Report on vaccination in Madras 1904-1921 - 1904-1921
Year: 1904
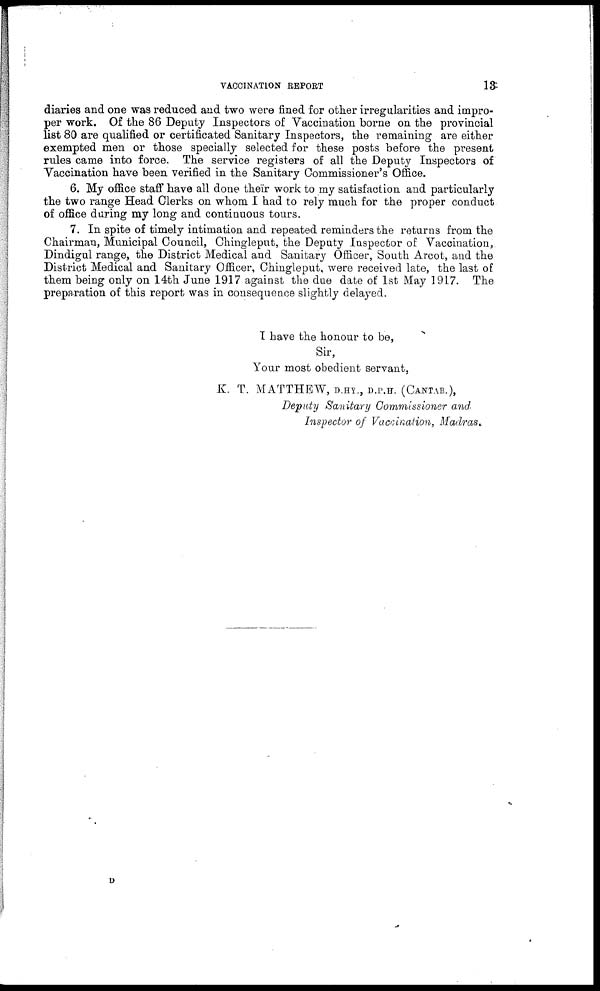
VACCINATION REPORT
13
diaries and one was reduced and two were fined for other irregularities and impro-
per work. Of the 86 Deputy Inspectors of Vaccination borne on the provincial
list 80 are qualified or certificated Sanitary Inspectors, the remaining are either
exempted men or those specially selected for these posts before the present
rules came into force. The service registers of all the Deputy Inspectors of
Vaccination have been verified in the Sanitary Commissioner's Office.
6. My office staff have all done their work to my satisfaction and particularly
the two range Head Clerks on whom I had to rely much for the proper conduct
of office during my long and continuous tours.
7. In spite of timely intimation and repeated reminders the returns from the
Chairman, Municipal Council, Chingleput, the Deputy Inspector of Vaccination,
Dindigul range, the District Medical and Sanitary Officer, South Arcot, and the
District Medical and Sanitary Officer, Chingleput, were received late, the last of
them being only on 14th June 1917 against the due date of 1st May 1917. The
preparation of this report was in consequence slightly delayed.
I have the honour to be,
Sir,
Your most obedient servant,
K. T. MATTHEW, D.HY., D.P.H. (CANTAB.),
Deputy Sanitary Commissioner and
Inspector of Vaccination, Madras.
D